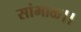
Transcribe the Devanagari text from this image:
सांभाळ।।